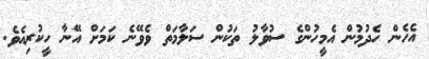
އެހެން ހެދުމުން އެމީހުންގެ ސުވާލު ތަކުން ސަލާމަތް ވެވޭނެ ކަމަށް އޭނާ ހީކުރިއެވެ.